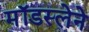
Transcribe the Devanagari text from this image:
मॉडस्लेने